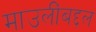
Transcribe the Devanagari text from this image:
माउलींबद्दल